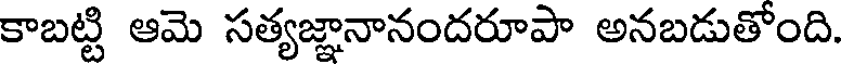
కాబట్టి ఆమె సత్యజ్ఞానానందరూపా అనబడుతోంది.